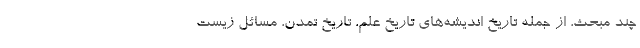
چند مبحث، از جمله تاریخ اندیشه‌های تاریخ علم، تاریخ تمدن، مسائل زیست